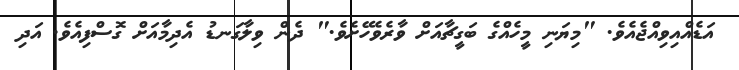
އަޑެއްއިވިއްޖެއެވެ. "މިޔަނި މީހެއްގެ ބަގީޗާއަށް ވާރެވެހޭށެވެ." ދެން ވިލާގަނޑު އެދިމާއަށް ގޮސްފިއެވެ. އަދި